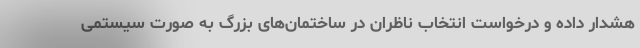
هشدار داده و درخواست انتخاب ناظران در ساختمان‌های بزرگ به صورت سیستمی